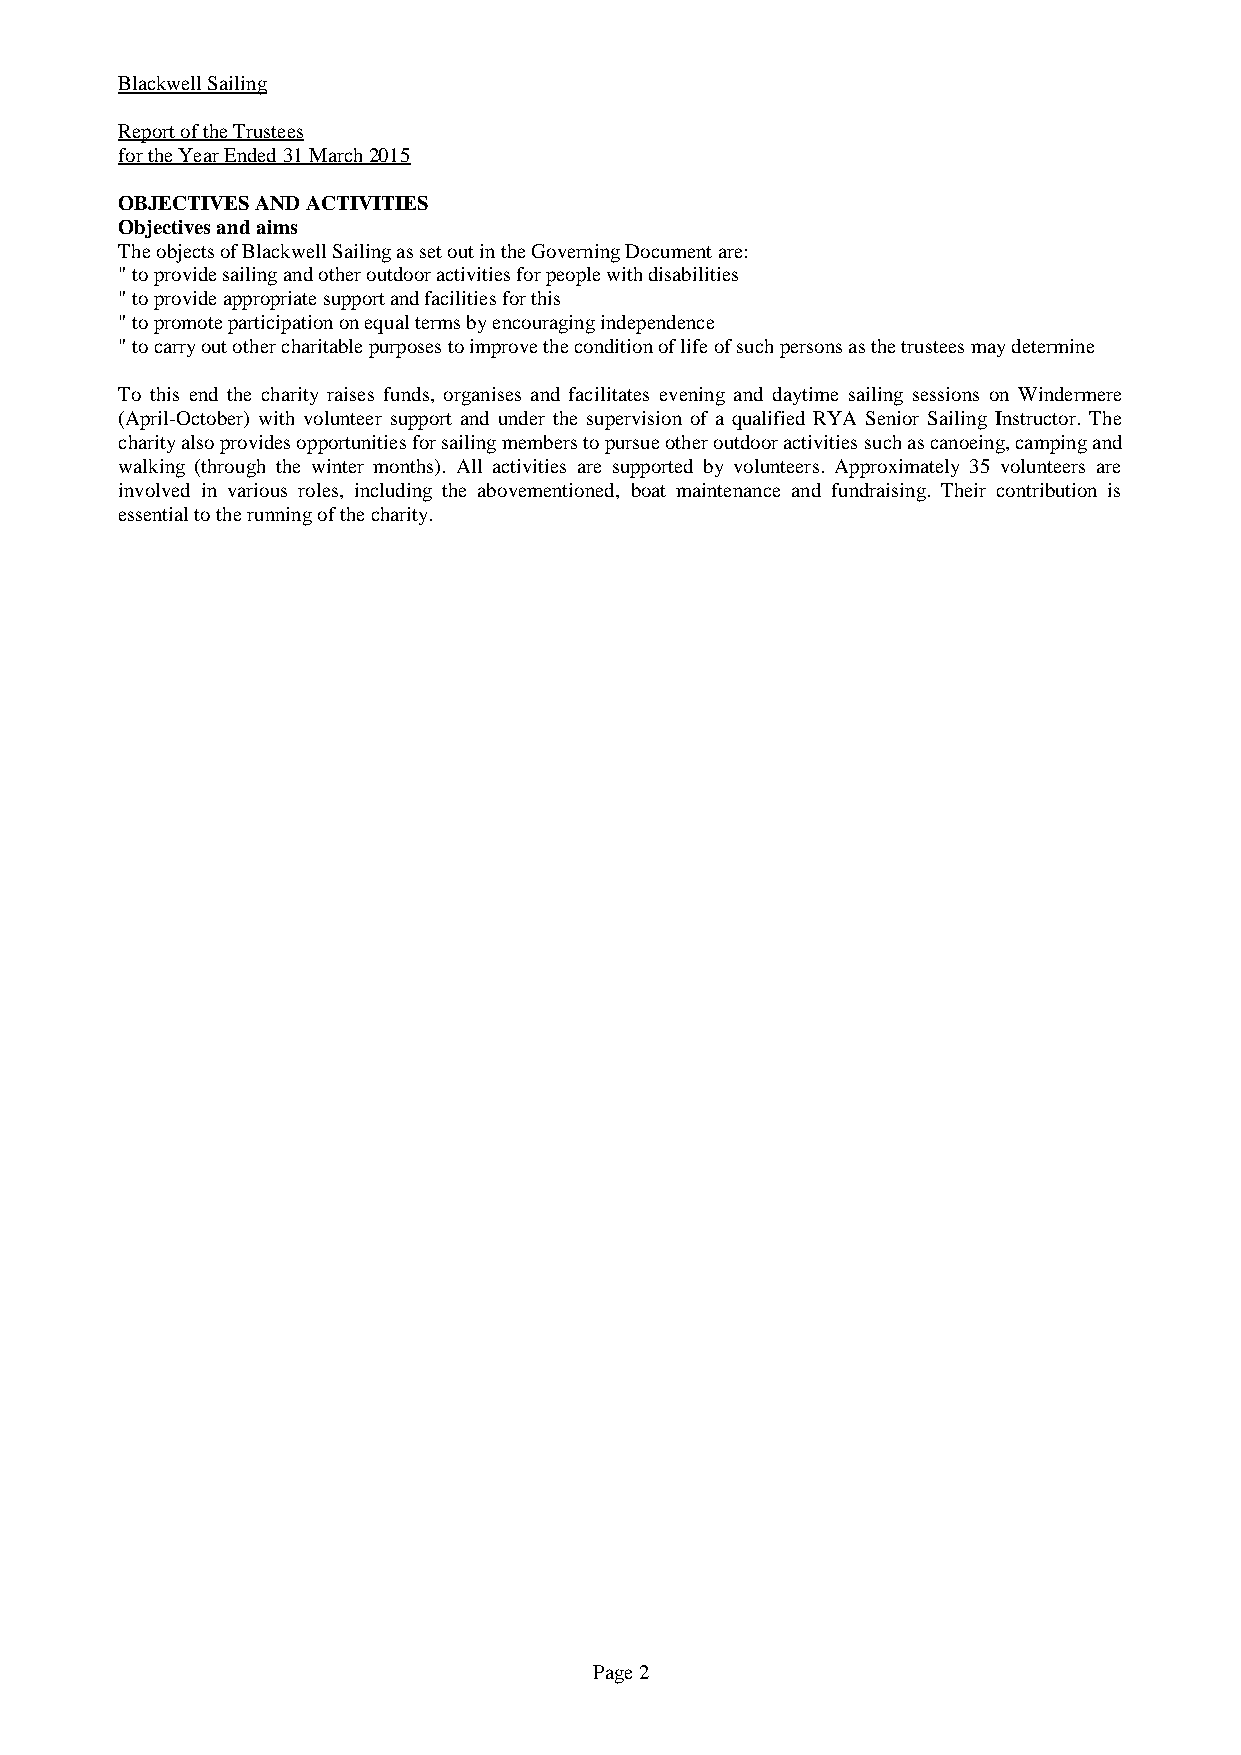
Blackwell Sailing
 Report of the Trustees
 for the Year Ended 31 March 2015
 OBJECTIVES AND ACTIVITIES
 Objectives and aims
 The objects of Blackwell Sailing as set out in the Governing Document are:
 " to provide sailing and other outdoor activities for people with disabilities
 " to provide appropriate support and facilities for this
 " to promote participation on equal terms by encouraging independence
 " to carry out other charitable purposes to improve the condition of life of such persons as the trustees may determine
 To this end the charity raises funds, organises and facilitates evening and daytime sailing sessions on Windermere
 (April-October) with volunteer support and under the supervision of a qualified RYA Senior Sailing Instructor. The
 charity also provides opportunities for sailing members to pursue other outdoor activities such as canoeing, camping and
 walking (through the winter months). All activities are supported by volunteers. Approximately 35 volunteers are
 involved in various roles, including the abovementioned, boat maintenance and fundraising. Their contribution is
 essential to the running of the charity.
 Page 2